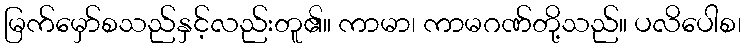
မြက်မှော်စသည်နှင့်လည်းတူ၏။ ကာမာ၊ ကာမဂဏ်တို့သည်။ ပလိပေါစ၊